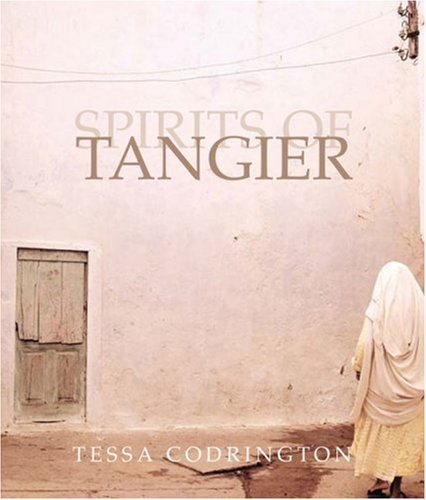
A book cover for Spirits of Tangier; Tessa Codrington; Travel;